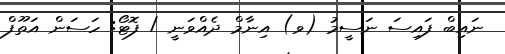
ނައިބް ފައިސަ ނަސީމު (ވ) އިނާމް ދެއްވަނީ / ފޮޓޯ: ހަސަން އަތޫފް